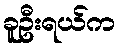
ခူဦးရယ်က